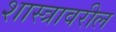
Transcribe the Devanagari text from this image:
शास्त्रावरील